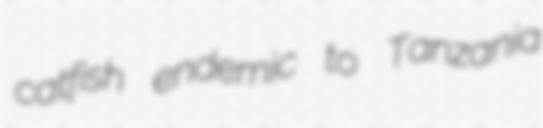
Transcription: catfish endemic to Tanzania